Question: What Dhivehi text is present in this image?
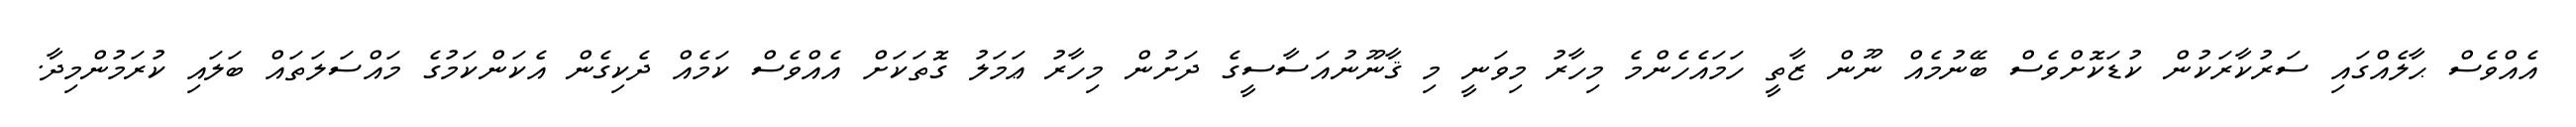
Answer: އެއްވެސް ޙާލެއްގައި ސަރުކާރަކުން ކުޑަކޮށްވެސް ބޭނުމެއް ނޫން ޒާތީ ހަމައެހެންމެ މިހާރު މިވަނީ މި ޤާނޫނުއަސާސީގެ ދަށުން މިހާރު ޢަމަލު ގޮތަކަށް އެއްވެސް ކަމެއް ދެކިގެން އެކަންކަމުގެ މައްސަލަތައް ބަލައި ކުރަމުންމިދާ.